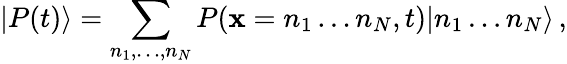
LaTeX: |P(t)\rangle=\sum_{n_{1},\ldots,n_{N}}P(\mathbf{x}=n_{1}\ldots n_{N},t)|n_{1}\ldots n_{N}\rangle\, ,